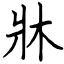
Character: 牀